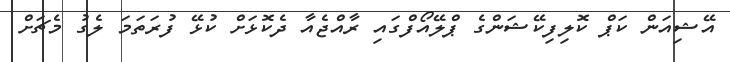
އޭޝިއަން ކަޕް ކޮލިފިކޭޝަންގެ ޕްލޭއޯފްގައި ރާއްޖެއާ ދެކޮޅަށް ކުޅޭ ފުރަތަމަ ލެގު މެޗަށް